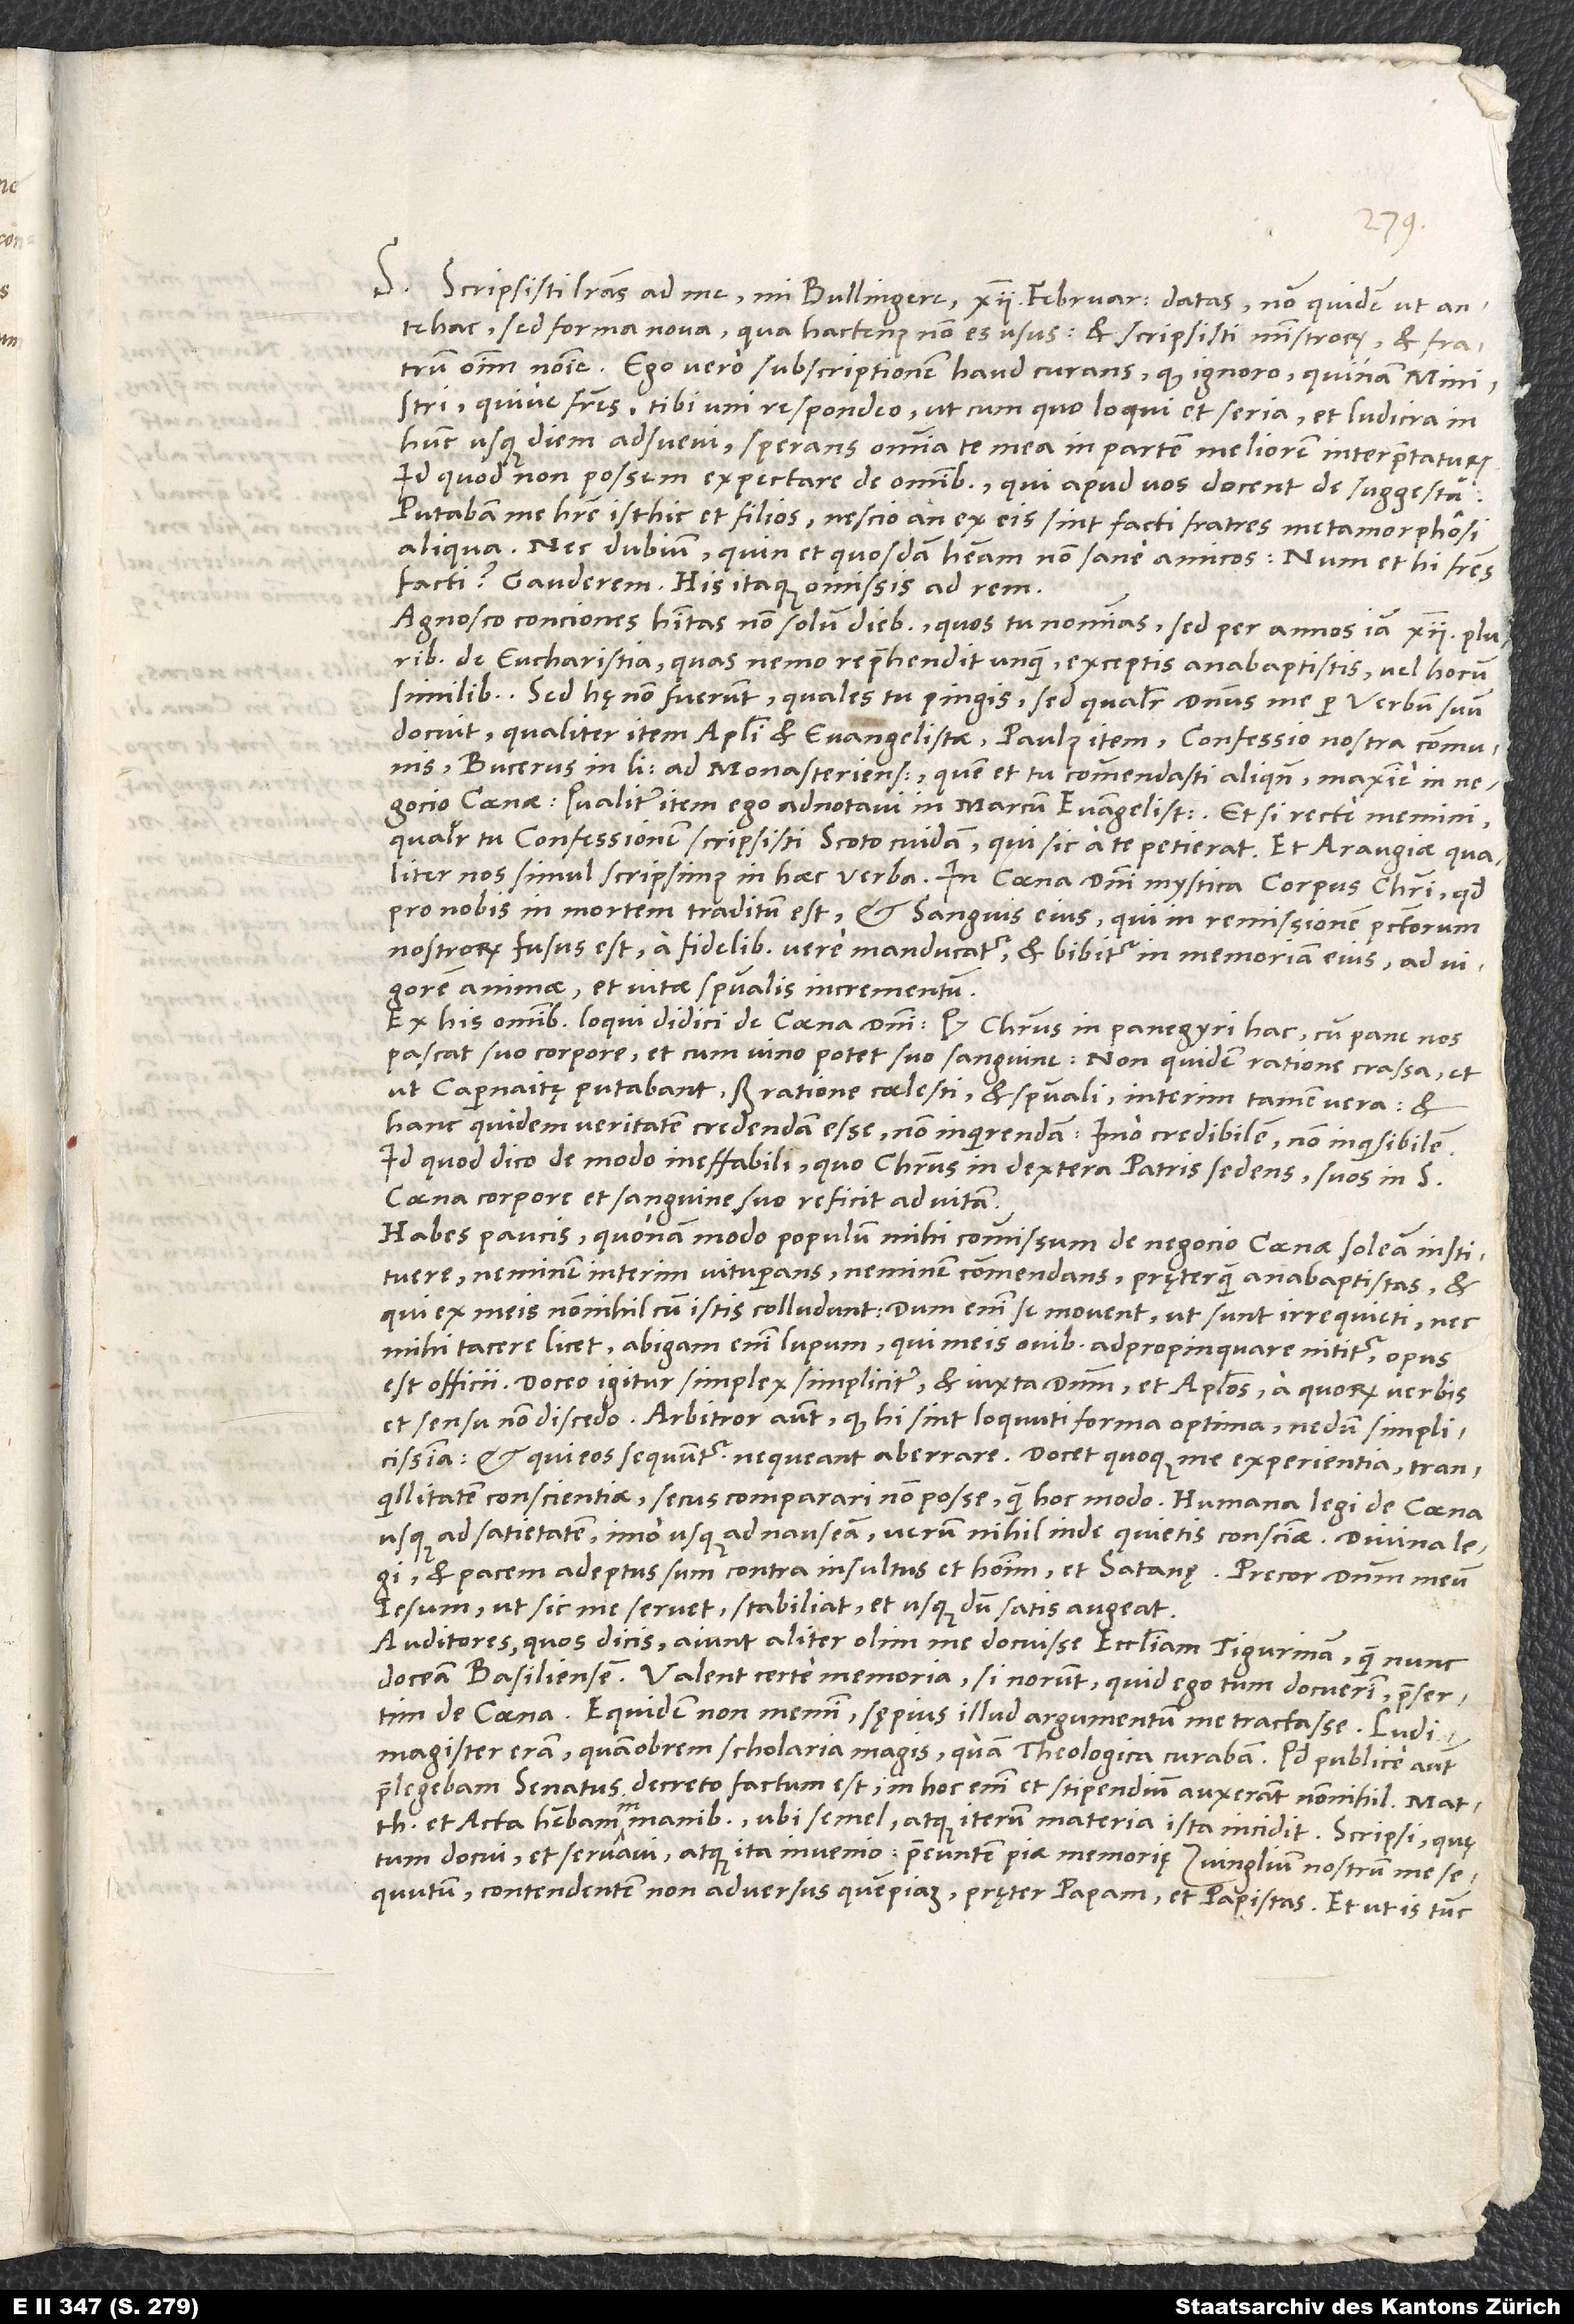
S. Scripsisti literas ad me, mi Bullingere, 12. februarii datas non quidem ut
antehac, sed forma nova, qua hactenus non es usus, et scripsisti ministrorum et fratrum
omnium nomine. Ego vero subscriptionem haud curans, quod ignoro, quinam ministri
quive fratres, tibi uni respondeo, ut cum quo loqui et seria et ludicra in
hunc usque diem adsuevi, sperans omnia te mea in partem meliorem interpretaturum;
id quod non possem expectare de omnibus, qui apud vos docent de suggestu.
Putabam me habere isthic et filios; nescio, an ex eis sint facti fratres metamorphosi
aliqua. Nec dubium, quin et quosdam habeam non sane amicos. Num et hi fratres
facti? Gauderem. His itaque omissis ad rem.
Agnosco conciones habitas non solum diebus, quos tu nominas, sed per annos iam 12 pluribus
de eucharistia, quas nemo reprehendit unquam exceptis anabaptistis vel horum
similibus. Sed hę non fuerunt, quales tu pingis, sed qualiter dominus me per verbum suum
docuit, qualiter item apostoli et evangelistae, Paulus item, confessio nostra communis,
Bucerus in libro ad Monasterienses, quem et tu commendasti aliquando, maxime in
negocio coenae, qualiter item ego adnotavi in Marcum evangelistam et, si recte memini,
qualiter tu confessionem scripsisti Scoto cuidam, qui sic a te petierat, et Araugiae, qualiter
nos simul scripsimus in haec verba: „In coena domini mystica corpus Christi, quod
pro nobis in mortem traditum est, et sanguis eius, qui in remissionem peccatorum
nostrorum fusus est, a fidelibus vere manducatur et bibitur in memoriam eius ad vigorem
animae et vitae spiritualis incrementum.“
Ex his omnibus loqui didici de coena domini, quod Christus in panegyri hac cum pane nos
pascat suo corpore et cum vino potet suo sanguine, non quidem ratione crassa et
ut Capernaitę putabant, sed ratione coelesti et spirituali, interim tamen vera, et
hanc quidem veritatem credendam esse, non inquirendam, imo credibilem, non inquisibilem,
id quod dico de modo ineffabili, quo Christus in dextera patris sedens suos in s
coena corpore et sanguine suo reficit ad vitam.
Habes paucis, quonam modo populum mihi commissum de negocio coenae soleam instituere
neminem interim vituperans, neminem commendans pręterquam anabaptistas et
qui ex meis nonnihil cum istis colludunt. Dum enim se movent, ut sunt irrequieti, nec
mihi tacere licet. Abigam enim lupum, qui meis ovibus adpropinquare nititur; opus
est officii. Doceo igitur simplex simpliciter et iuxta dominum et apostolos, a quorum verbis
et sensu non discedo. Arbitror autem, quod hi sint loquuti forma optima, nedum simplicissima,
et qui eos sequuntur, nequeant aberrare. Docet quoque me experientia tranquillitatem
conscientiae secus comparari non posse quam hoc modo. Humana legi de coena
usque ad satietatem, imo usque ad nauseam, verum nihil inde quietis conscientiae. Divina legi
et pacem adeptus sum contra insultus et hominum et satanę; precor dominum meum
Iesum, ut sic me servet, stabiliat et usque dum satis augeat.
Auditores, quos dicis, aiunt aliter olim me docuisse ecclesiam Tigurinam, quam nunc
doceam Basiliensem. Valent certe memoria, si norunt, quid ego tum docuerim, praesertim
de coena. Equidem non memini sępius illud argumentum me tractasse. Ludimagister
eram, quamobrem scholaria magis quam theologica curabam. Quod publice autem
praelegebam, senatus decreto factum est; in hoc enim et stipendium auxerant nonnihil. Matthaeum
et Acta habebam in manibus, ubi semel atque iterum materia ista incidit. Scripsi, quę
tum docui, et servavi, atque ita invenio praeeuntem piae memorię Zvinglium nostrum me
sequutum contendentem non adversus quempiam pręter papam et papistas. Et ut is tunc